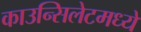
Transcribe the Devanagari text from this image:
काउन्सिलेटमध्ये